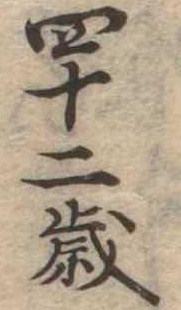
四十二歳